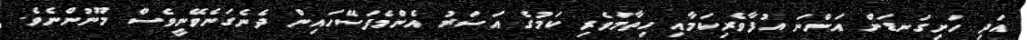
އަދި ހަށިގަނޑަށް އަންނަ އުފާވެރިކަމާއި ހިތާމަވެރި ކަމުގެ އަސަރު އެންމެފަސޭހައިން ދެނެގަނެވޭނީވެސް މޫނުންނެވެ.